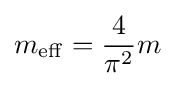
m_{\mathrm {eff} }={\frac {4}{\pi ^{2}}}m